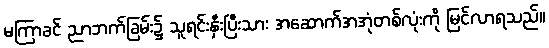
မကြာခင် ညာဘက်ခြမ်း၌ သူရင်းနှီးပြီးသား အဆောက်အအုံတစ်လုံးကို မြင်လာရသည်။